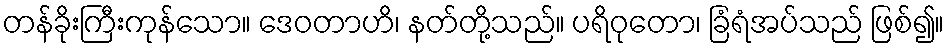
တန်ခိုးကြီးကုန်သော။ ဒေဝတာဟိ၊ နတ်တို့သည်။ ပရိဝုတော၊ ခြံရံအပ်သည် ဖြစ်၍။